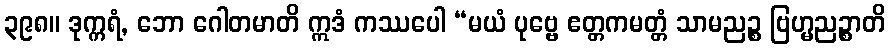
၃၉၈။ ဒုက္ကရံ, ဘော ဂေါတမာတိ ဣဒံ ကဿပေါ “မယံ ပုဗ္ဗေ ဧတ္တကမတ္တံ သာမညဉ္စ ဗြဟ္မညဉ္စာတိ